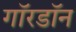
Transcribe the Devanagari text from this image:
गॉरडॉन